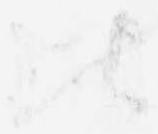
比